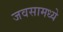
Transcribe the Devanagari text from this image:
जवसामध्ये